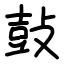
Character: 鼔